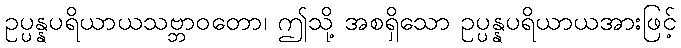
ဥပ္ပန္နပရိယာယသဗ္ဘာဝတော၊ ဤသို့ အစရှိသော ဥပ္ပန္နပရိယာယအားဖြင့်